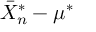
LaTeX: { \bar { X } } _ { n } ^ { * } - \mu ^ { * }